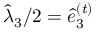
\hat { \lambda } _ { 3 } / 2 = \hat { e } _ { 3 } ^ { ( t ) }